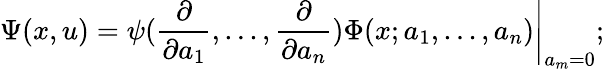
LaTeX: \Psi(x,u)=\left.\psi(\frac{\partial}{\partial a_{1}},...,\frac{\partial}{\partial a_{n}})\Phi(x;a_{1},...,a_{n})\right|_{a_{m}=0};